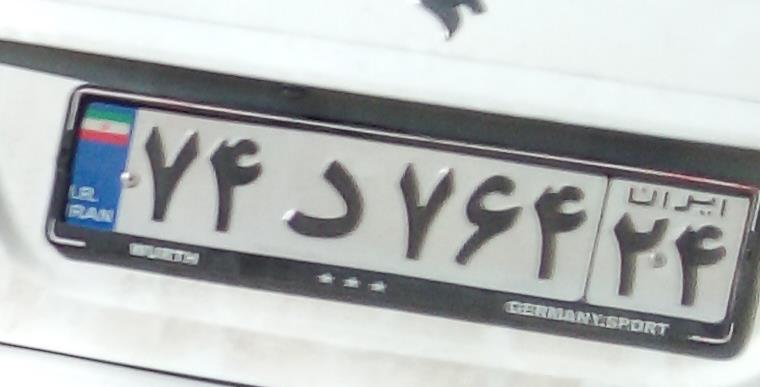
۷۴د۷۶۴۲۴